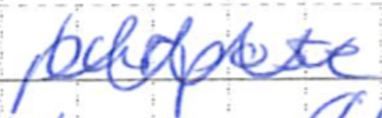
Text: purpose
Cross-out: zig-zag
Writing tool: ballpoint